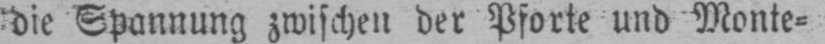
die Spannung zwischen der Pforte und Monte⸗